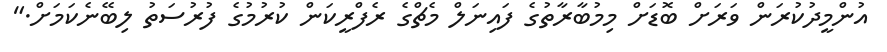
އުންމީދުކުރަން ވަރަށް ބޮޑަށް މިމުބާރާތުގެ ފައިނަލް މެޗްގެ ރެފްރީކަން ކުރުމުގެ ފުރުސަތު ލިބޭނެކަމަށް."